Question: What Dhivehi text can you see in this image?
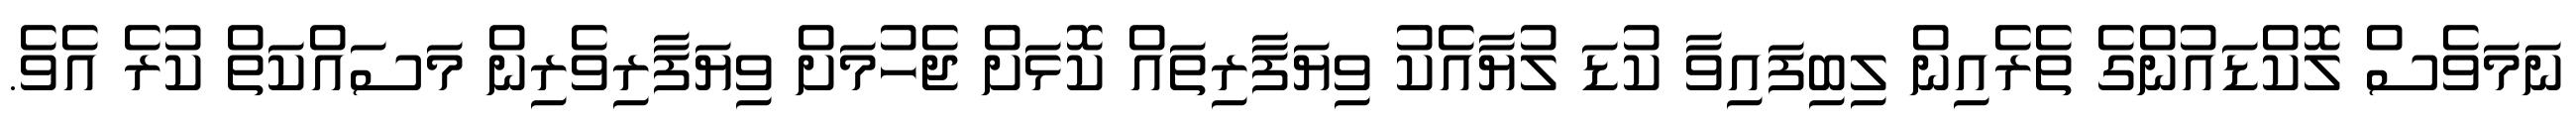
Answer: ނަމަވެސް ލޮކްޑައުންގެ ތެރެއިން ލިބިފައިވާ ކުޑަ ލުޔާއެކު ވިޔަފާރިތައް ކޮޅަށް ޖެހުމަށް ވިޔަފާރިވެރިން މަސައްކަތް ކުރެ އެވެ.